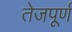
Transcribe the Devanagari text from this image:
तेजपूर्ण